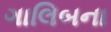
ગાલિબના